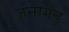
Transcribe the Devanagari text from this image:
जनागढ़